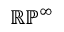
\mathbb { R P } ^ { \infty }